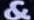
&